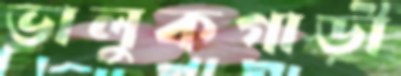
ভালুকগাড়ী